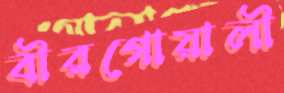
বীরগোয়ালী